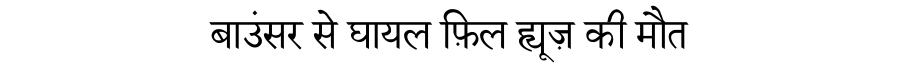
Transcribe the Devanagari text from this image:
बाउंसर से घायल फ़िल ह्यूज़ की मौत